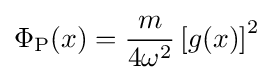
\Phi _{\text{P}}(x)={\frac {m}{4\omega ^{2}}}\left[g(x)\right]^{2}